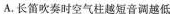
A.长笛吹奏时空气柱越短音调越低